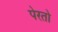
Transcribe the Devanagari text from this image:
पेरतो